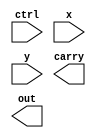
//RT Vlevel (event-driven) 
module alu_always(
    ctrl,
    x,
    y,
    carry,
    out 
);
    
    input  [3:0] ctrl;
    input  [7:0] x;
    input  [7:0] y;
    output       carry;
    output [7:0] out;
    

endmodule